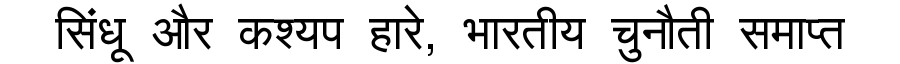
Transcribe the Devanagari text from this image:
सिंधू और कश्यप हारे, भारतीय चुनौती समाप्त